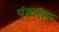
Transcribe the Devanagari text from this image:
पंडालम